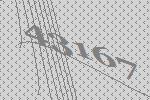
43167